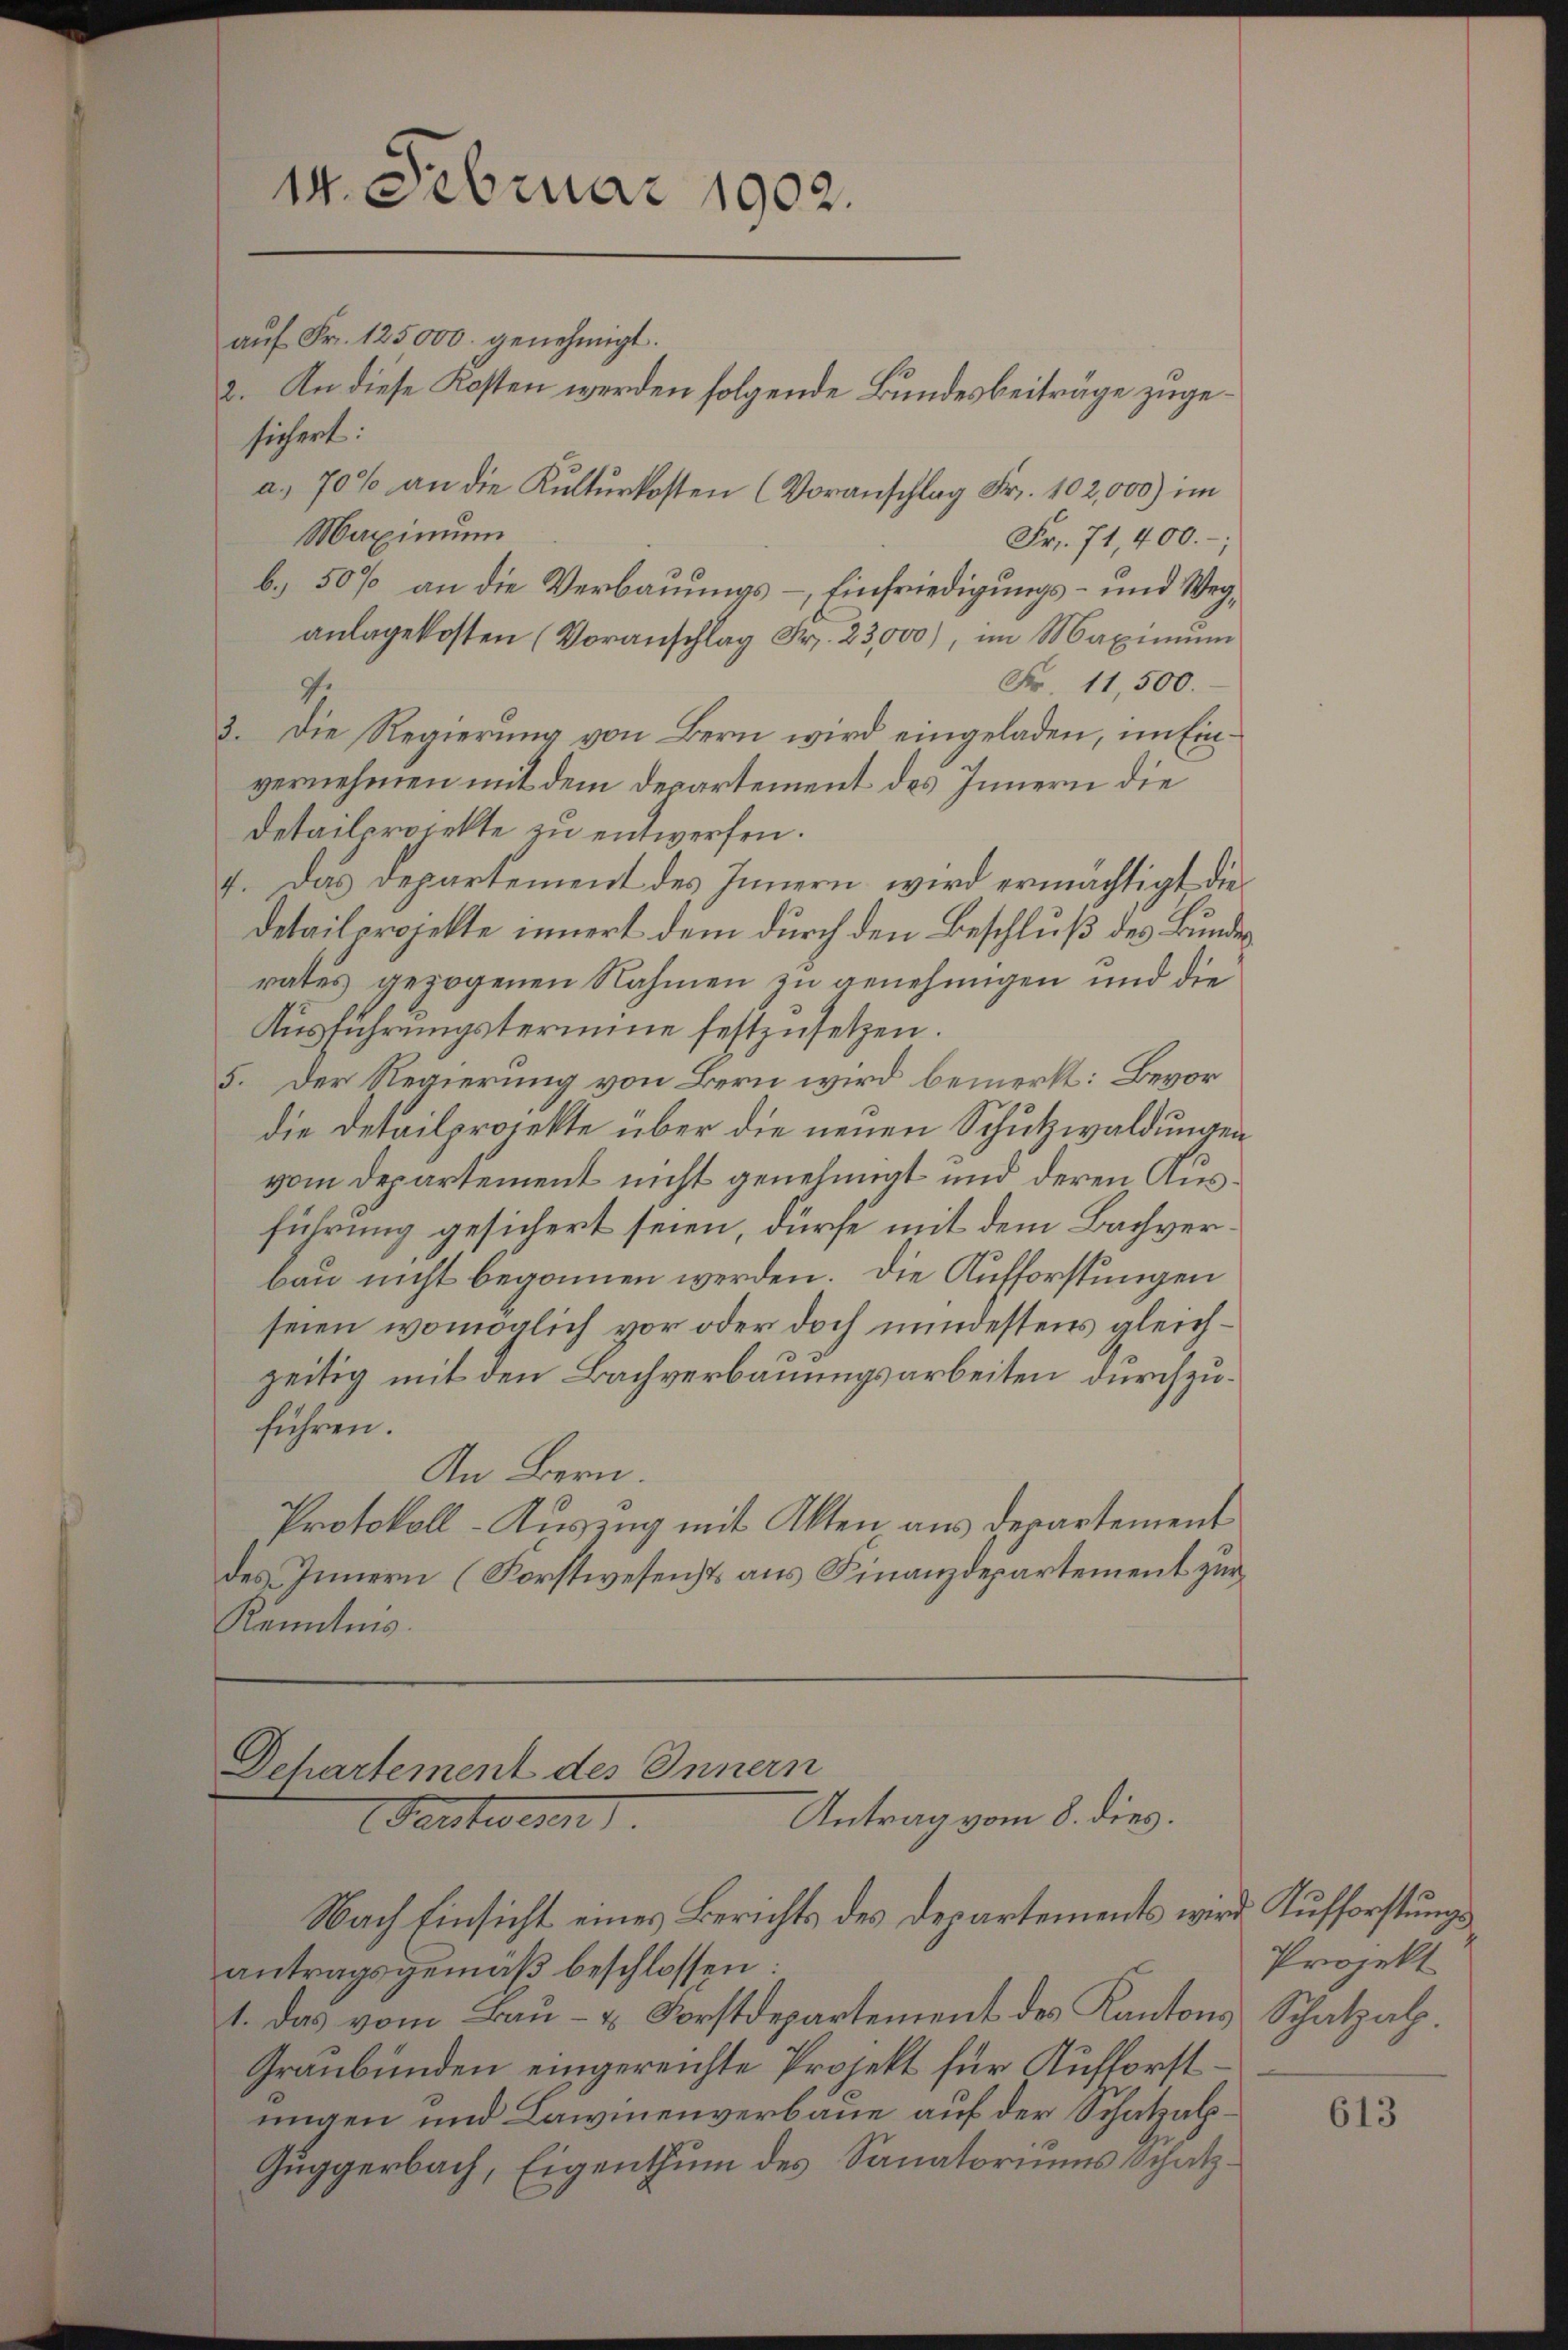
14. Februar 1902.

sichert:
Fr. 71, 400. –
Fr. 11,500.
3. Die Regierung von Bern wird eingeladen, im Einvernehmen mit dem Departement des Innern die
Detailprojekte zu entwerfen.
I. Das Departement des Innern wird ermächtigt, die
detailprojekte innert dem durch den Beschluß des Bunde
rates gezogenen Nahmen zu genehmigen und die
Ausführungstermine festzusetzen.
5. Der Regierung von Bern wird bemerkt: Bevor
die Detailprojekte über die neuen Schutzwaldungen
vom Departement nicht genehmigt und deren Ausführung gesichert seien, dürfe mit dem Bachverbau nicht begonnen werden. Die Aufforstungen
seien womöglich vor oder doch mindestens gleichzeitig mit den Bachverbauungsarbeiten durchzuführen.
An Bern.
Protokoll-Auszug mit Akten aus Departement
des Innern (Forstwesenst aus Finanzdepartement zur
Kenntnis.

b. 50% an die Verbauungs-Einfriedigungs- und Weganlagekosten (Voranschlag Fr. 23,000), im Maximŭm
.

auf Fr. 125000. genehmigt.
2. An diese Kosten werden folgende Bundesbeiträge zugea. 70% an die Kulturkosten (Voranschlag Fr. 102,000) im
Maximum

Departement des Innern
Antrag vom 8. dies.
Fenstwesen.
Nach Einsicht eines Berichts des Departements wird Aufforstungs

antragsgemäβ beschlossen:
1. Das vom Bau- & Forstdepartement des Kantons Schatzalp.
Graubünden eingereichte Projekt für Aufforstungen und Lawinenverbaue auf der Schatzal¬
Guggerbach, Eigenthum des Sanatoriums Schatz¬

Projekt

613